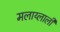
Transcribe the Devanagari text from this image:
मलाय्लाली